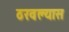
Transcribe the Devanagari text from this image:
ठरवल्यास